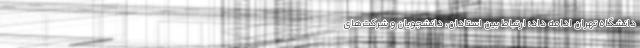
دانشگاه تهران ادامه داد: ارتباط بین استادان، دانشجویان و شرکت‌های